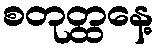
စတုတ္ထနေ့